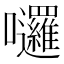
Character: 𡆗